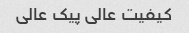
کیفیت عالی پیک عالی